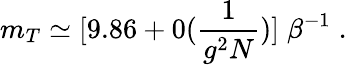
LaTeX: m_{T}\simeq[9.86+0(\frac{1}{g^{2}N})]\; \beta^{-1}\; .